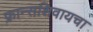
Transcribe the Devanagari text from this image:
फ्रान्सशिवायचा